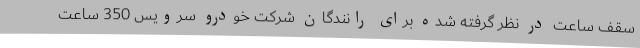
سقف ساعت در نظر گرفته شده برای رانندگان شرکت خودرو سرویس 350 ساعت